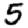
Digit: 5